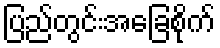
ပြည်တွင်းအခြေစိုက်